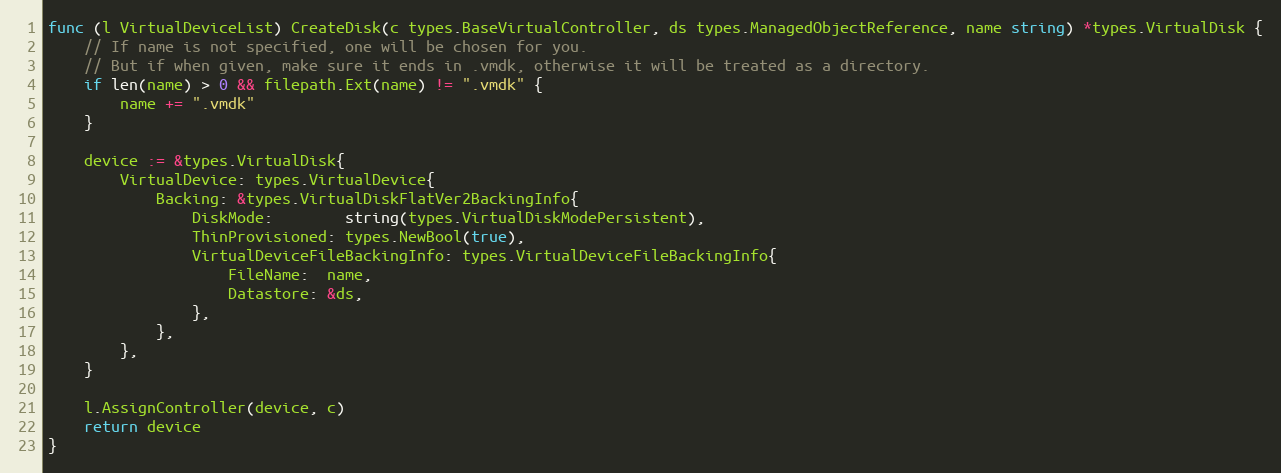
Language: Go
func (l VirtualDeviceList) CreateDisk(c types.BaseVirtualController, ds types.ManagedObjectReference, name string) *types.VirtualDisk {
	// If name is not specified, one will be chosen for you.
	// But if when given, make sure it ends in .vmdk, otherwise it will be treated as a directory.
	if len(name) > 0 && filepath.Ext(name) != ".vmdk" {
		name += ".vmdk"
	}

	device := &types.VirtualDisk{
		VirtualDevice: types.VirtualDevice{
			Backing: &types.VirtualDiskFlatVer2BackingInfo{
				DiskMode:        string(types.VirtualDiskModePersistent),
				ThinProvisioned: types.NewBool(true),
				VirtualDeviceFileBackingInfo: types.VirtualDeviceFileBackingInfo{
					FileName:  name,
					Datastore: &ds,
				},
			},
		},
	}

	l.AssignController(device, c)
	return device
}